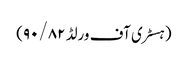
(ہسٹری آف ورلڈ ۹۰/۸۲)